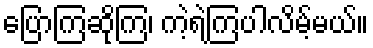
ပြောကြဆိုကြ၊ ကဲ့ရဲ့ကြပါလိမ့်မယ်။